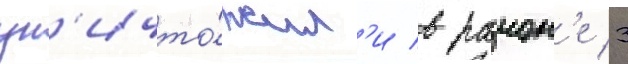
ун'ичто́жил'и в раион'е 3